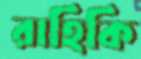
রাহিকি